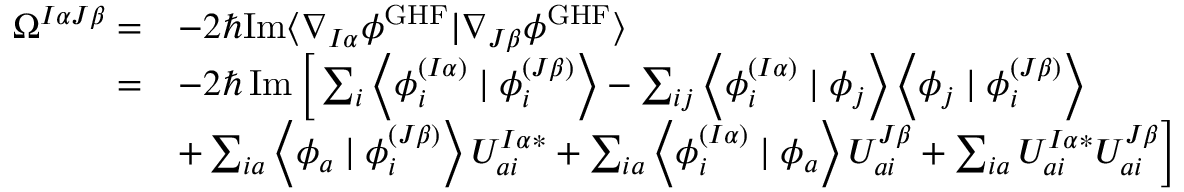
\begin{array} { r l } { \Omega ^ { I \alpha J \beta } = } & { - 2 \hbar \mathrm { I m } \langle \nabla _ { I \alpha } \phi ^ { \mathrm { G H F } } | \nabla _ { J \beta } \phi ^ { \mathrm { G H F } } \rangle } \\ { = } & { - 2 \hbar \operatorname { I m } \Big [ \sum _ { i } \left\langle \phi _ { i } ^ { ( I \alpha ) } \mid \phi _ { i } ^ { ( J \beta ) } \right\rangle - \sum _ { i j } \left\langle \phi _ { i } ^ { ( I \alpha ) } \mid \phi _ { j } \right\rangle \left\langle \phi _ { j } \mid \phi _ { i } ^ { ( J \beta ) } \right\rangle } \\ & { + \sum _ { i a } \left\langle \phi _ { a } \mid \phi _ { i } ^ { ( J \beta ) } \right\rangle U _ { a i } ^ { I \alpha * } + \sum _ { i a } \left\langle \phi _ { i } ^ { ( I \alpha ) } \mid \phi _ { a } \right\rangle U _ { a i } ^ { J \beta } + \sum _ { i a } U _ { a i } ^ { I \alpha * } U _ { a i } ^ { J \beta } \Big ] } \end{array}